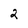
Character: 2